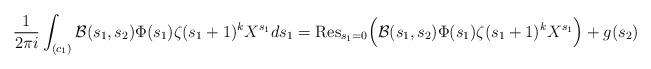
LaTeX: \begin{align*} \frac{1}{2 \pi i} \int_{(c_1)} \mathcal{B}(s_1,s_2) \Phi(s_1) \zeta(s_1+1)^{k} X^{s_1} ds_1 & = \mathrm{Res}_{s_1=0} \Big( \mathcal{B}(s_1,s_2) \Phi(s_1) \zeta(s_1+1)^{k} X^{s_1} \Big) + g(s_2)\end{align*}